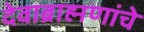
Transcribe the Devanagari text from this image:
देवाब्राह्मणांचे